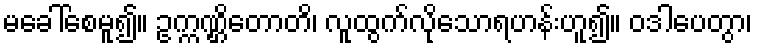
မခေါ်စေမူ၍။ ဥက္ကဏ္ဌိတောတိ၊ လူထွက်လိုသောရဟန်းဟူ၍။ ဝဒါပေတွာ၊